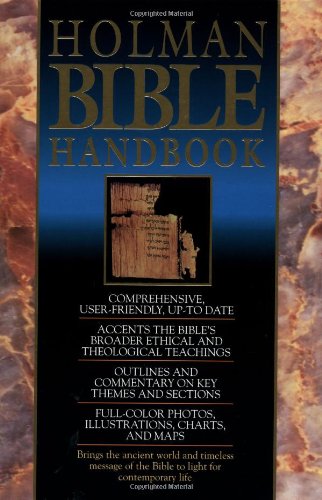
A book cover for Holman Bible Handbook; Christian Books & Bibles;